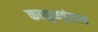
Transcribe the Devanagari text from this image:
कायुमवुंगान